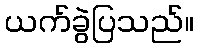
ယက်ခွဲပြသည်။